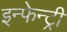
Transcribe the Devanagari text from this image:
इन्फेन्ट्री